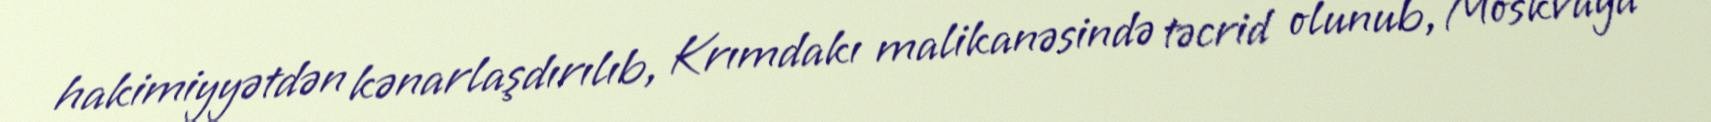
hakimiyyətdən kənarlaşdırılıb, Krımdakı malikanəsində təcrid olunub, Moskvaya